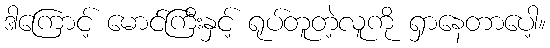
ဒါကြောင့် မောင်ကြီးနှင့် ရုပ်တူတဲ့လူကို ရှာနေတာပေါ့။